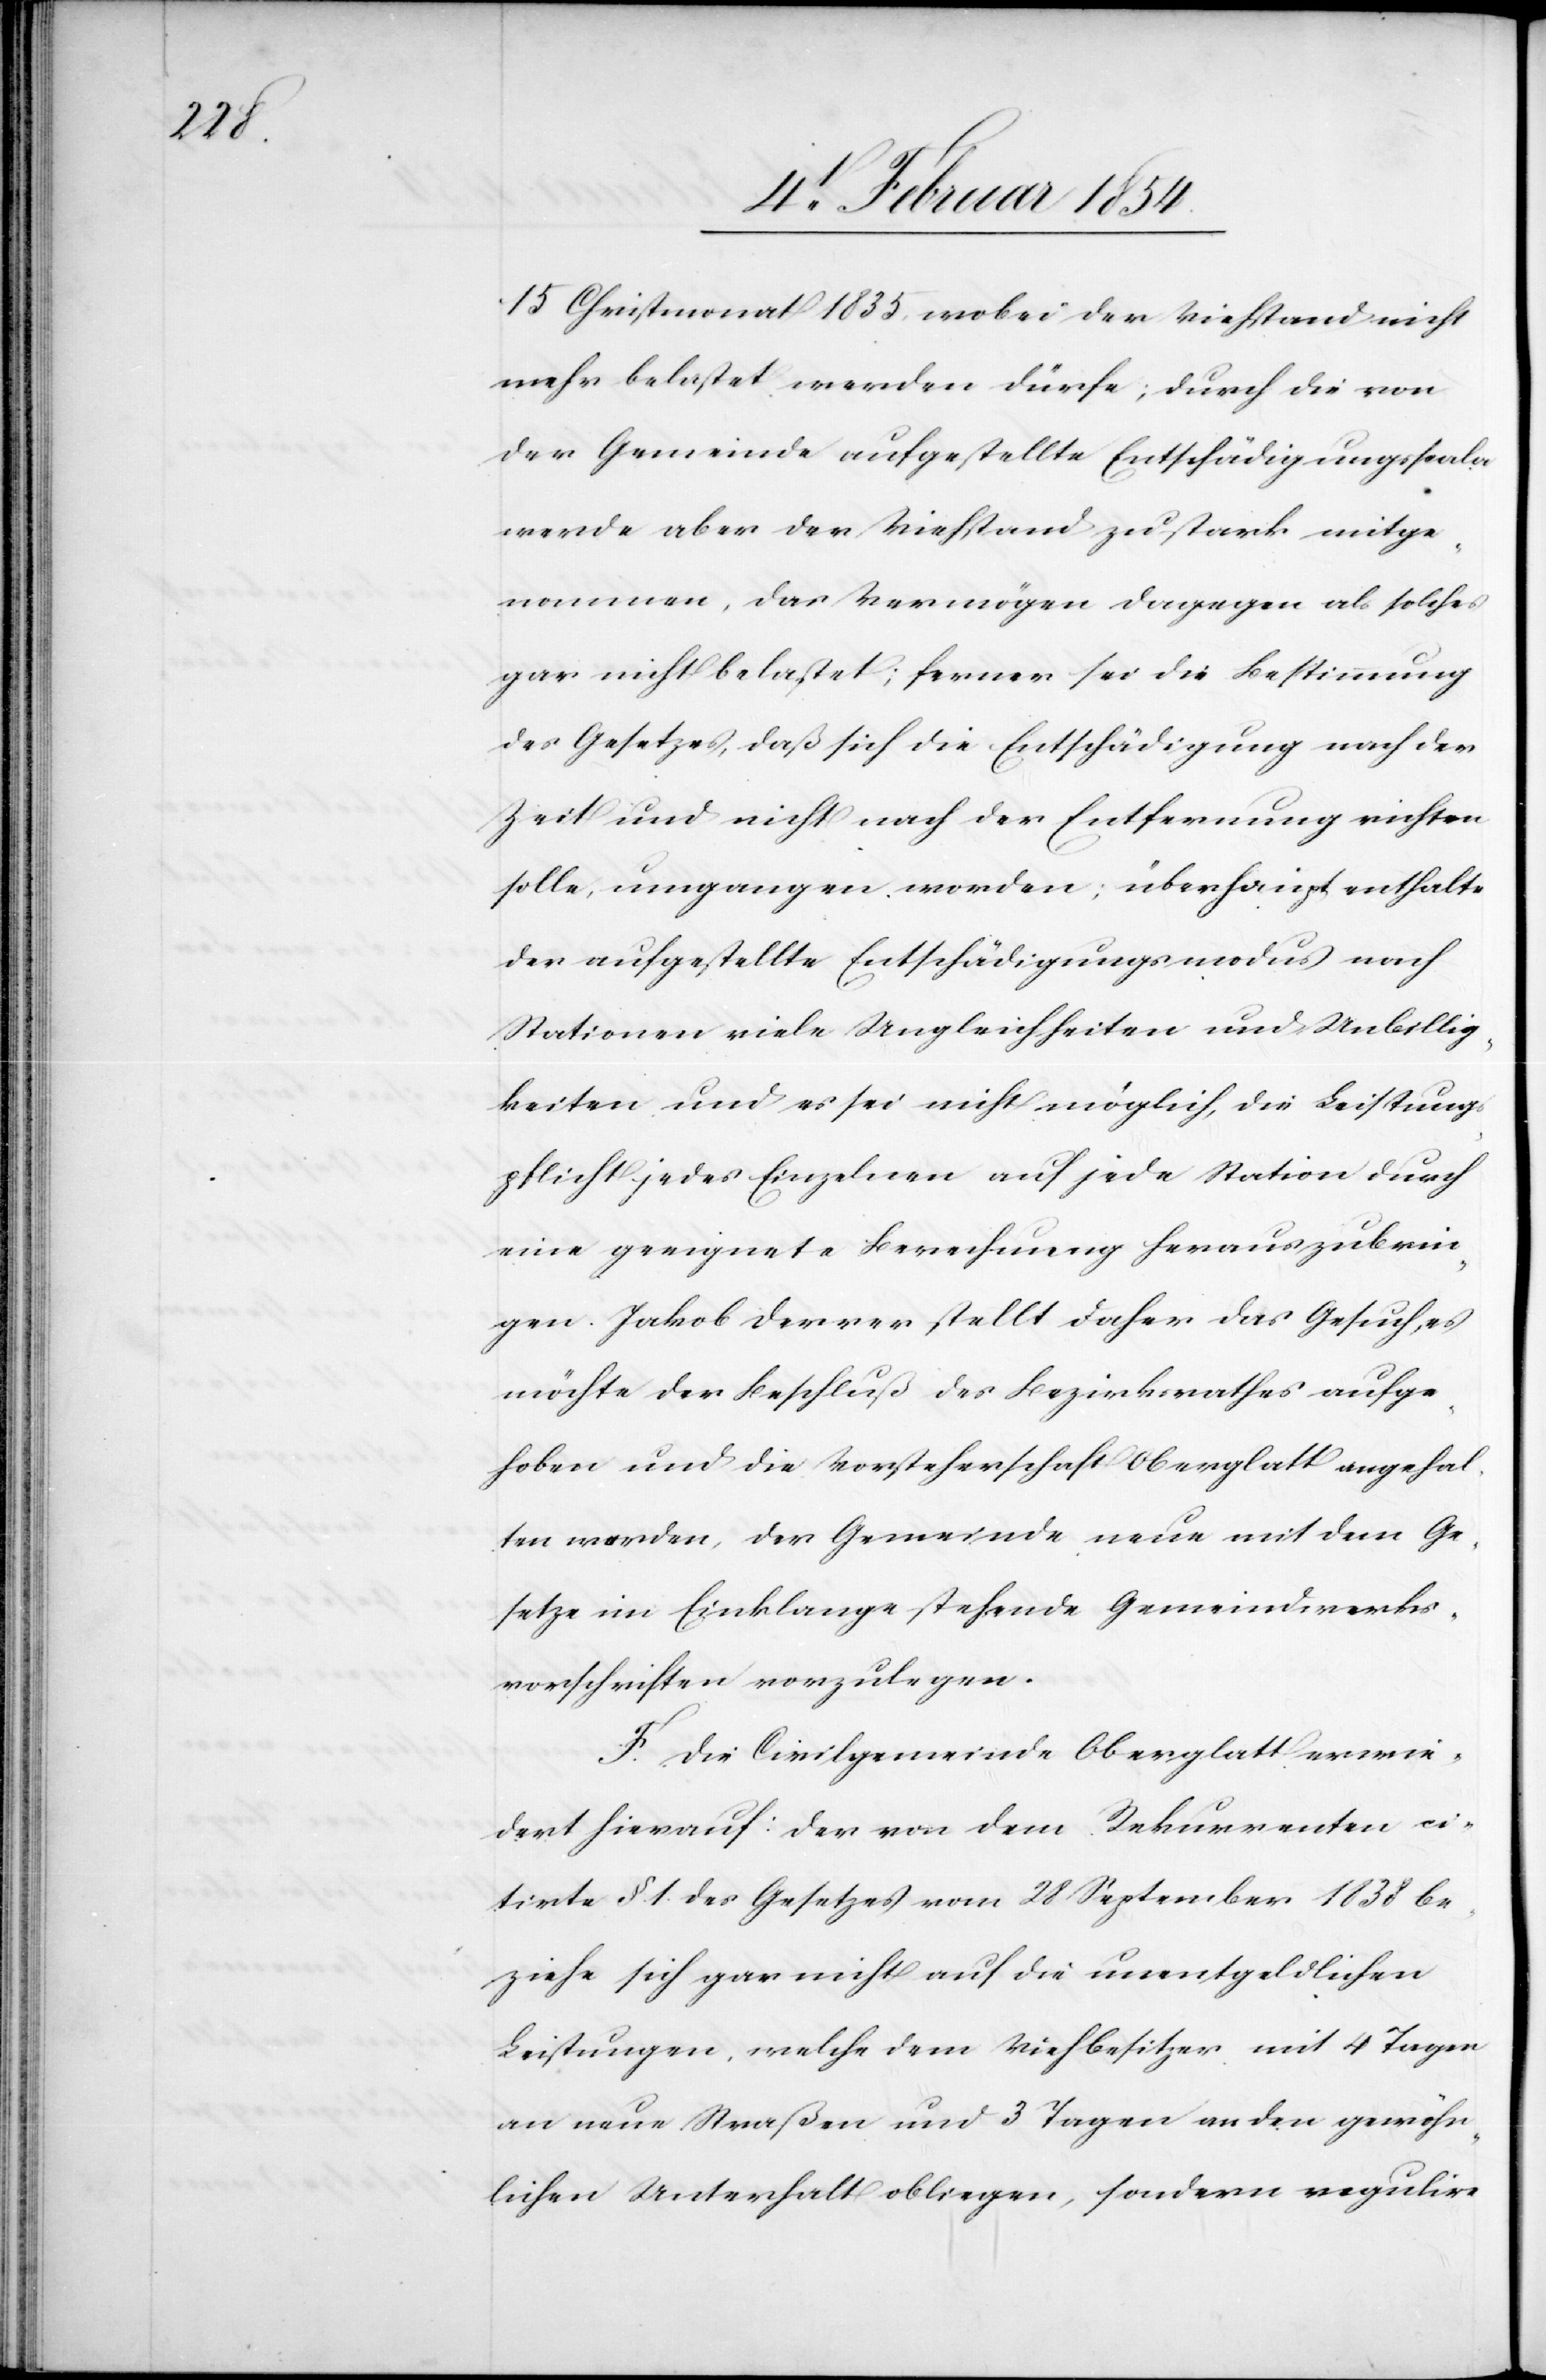
15 Christmonat 1835, wobei der Viehstand nicht
mehr belastet werden dürfe; durch die von
der Gemeinde aufgestellte Entschädigungsscala
werde aber der Viehstand zu stark mitge¬
nommen, das Vermögen dagegen als solches
gar nicht belastet; ferner sei die Bestimmung
des Gesetzes, daß sich die Entschädigung nach der
Zeit auch nicht nach der Entfernung richten
solle, umgangen worden; überhaupt enthalte
der aufgestellte Entschädigungsmodus nach
Stationen viele Ungleichheiten und Unbillig¬
keiten und es sei nicht möglich, die Leistungs¬
pflicht jedes Einzelnen auf jede Station durch
eine geeignete Berechnung herauszubrin¬
gen. Jakob Derrer stellt daher das Gesuch, es
möchte der Beschluß des Bezirksrathes aufge¬
hoben und die Vorsteherschaft Oberglatt angehal¬
ten werden, der Gemeinde neue mit dem Ge¬
setze im Einklage stehende Gemeindwerks¬
vorschriften vorzulegen.
F. Die Civilgemeinde Oberglatt erwie¬
dert hierauf: Der von dem Rekurrenten ci¬
tirte §. 1. des Gesetzes vom 28 September 1838 be¬
ziehe sich gar nicht auf die unentgeldlichen
Leistungen, welche dem Viehbesitzer mit 4 Tagen
an neue Straßen und 3 Tagen an den gewöhn¬
lichen Unterhalt obliegen, sondern regulire